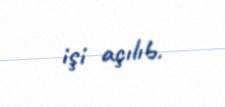
işi açılıb.